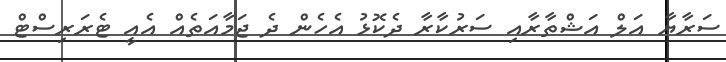
ސަރާޔާ އަލް އަޝްތާރާއި ސަރުކާރާ ދެކޮޅު އެހެން ދެ ޖަމާއަތެއް އެއީ ޓެރަރިސްޓް